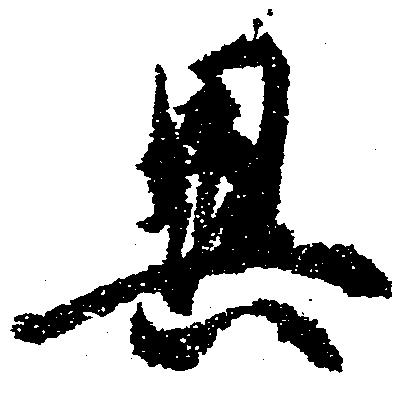
異